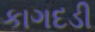
કાગદડી